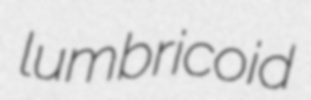
lumbricoid